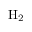
\mathrm { { H _ { 2 } } }